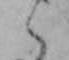
く